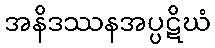
အနိဒဿနအပ္ပဋိဃံ